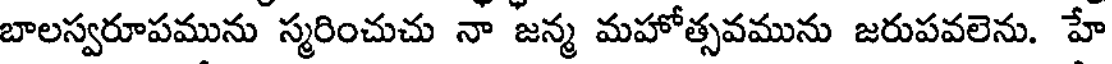
బాలస్వరూపమును స్మరించుచు నా జన్మ మహోత్సవమును జరుపవలెను. హే